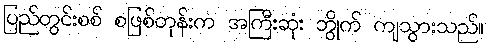
ပြည်တွင်းစစ် စဖြစ်တုန်းက အကြီးဆုံး ဘွိုက် ကျသွားသည်။